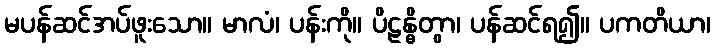
မပန်ဆင်အပ်ဖူးသော။ မာလံ၊ ပန်းကို။ ပိဠန္ဓိတွာ၊ ပန်ဆင်ရ၍။ ပကတိယာ၊